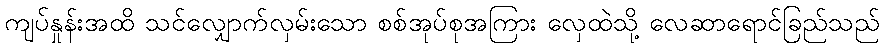
ကျပ်နှုန်းအထိ သင်လျှောက်လှမ်းသော စစ်အုပ်စုအကြား လှေထဲသို့ လေဆာရောင်ခြည်သည်